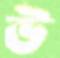
উ